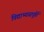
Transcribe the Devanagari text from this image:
विद्याभ्यासपूर्ति